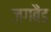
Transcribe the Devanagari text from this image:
जगबैंड